Annual report of the Punjab Veterinary College and of the Civil Veterinary Department, Punjab - 1920-1925
Year: 1920
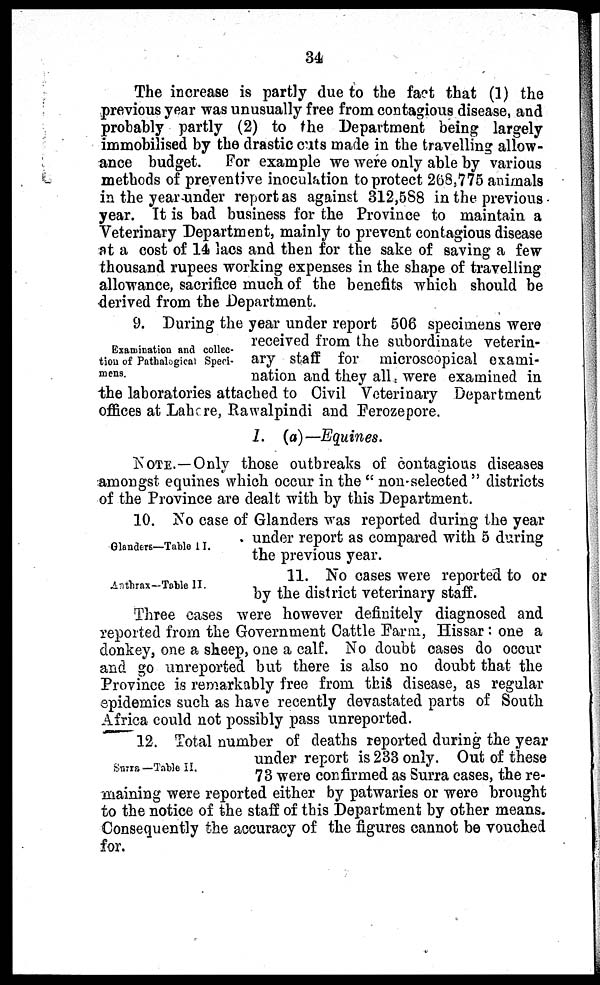
34
The increase is partly due to the fact that (1) the
previous year was unusually free from contagious disease, and
probably partly (2) to the Department being largely
immobilised by the drastic cuts made in the travelling allow-
ance budget.
For example we were only able by various
methods of preventive inoculation to protect 268,775 animals
in the year under report as against 312,588 in the previous
year. It is bad business for the Province to maintain a
Veterinary Department, mainly to prevent contagious disease
at a cost of 14 lacs and then for the sake of saving a few
thousand rupees working expenses in the shape of travelling
allowance, sacrifice much of the benefits which should be
derived from the Department.
Examination and collec-
tion of Paralogical Speci-
mens.
9. During the year under report 506 specimens were
received from the subordinate veterin-
ary staff for microscopical exami-
nation and they all were examined in
the laboratories attached to Civil Veterinary Department
offices at Lahore, Rawalpindi and Ferozepore.
I. (a)—Equines.
NOTE.—Only those outbreaks of contagious diseases
amongst equines which occur in the "non-selected" districts
of the Province are dealt with by this Department.
Glanders—Table II.
10. No case of Glanders was reported during the year
under report as compared with 5 during
the previous year.
Anthrax—Table II.
11. No cases were reported to or
by the district veterinary staff.
Three cases were however definitely diagnosed and
reported from the Government Cattle Farm, Hissar : one a
donkey, one a sheep, one a calf. No doubt cases do occur
and go unreported but there is also no doubt that the
Province is remarkably free from this disease, as regular
epidemics such as have recently devastated parts of South
Africa could not possibly pass unreported.
Surra— Table II.
12. Total number of deaths reported during the year
under report is 233 only. Out of these
73 were confirmed as Surra cases, the re-
maining were reported either by patwaries or were brought
to the notice of the staff of this Department by other means.
Consequently the accuracy of the figures cannot be vouched
for.